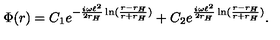
\Phi ( r ) = C _ { 1 } e ^ { - \frac { i \omega \ell ^ { 2 } } { 2 r _ { H } } \ln ( \frac { r - r _ { H } } { r + r _ { H } } ) } + C _ { 2 } e ^ { \frac { i \omega \ell ^ { 2 } } { 2 r _ { H } } \ln ( \frac { r - r _ { H } } { r + r _ { H } } ) } .